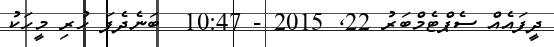
ދީފައެއް ސެޕްޓެމްބަރު 22